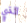
الذي